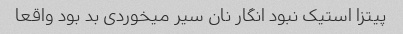
پیتزا استیک نبود انگار نان سیر میخوردی بد بود واقعا